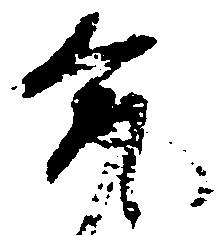
允